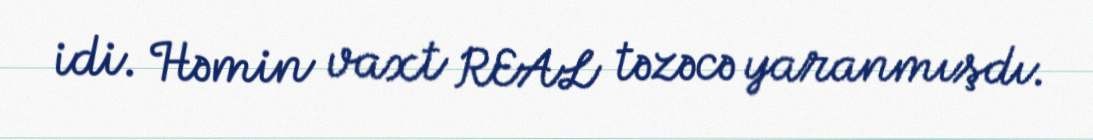
idi. Həmin vaxt REAL təzəcə yaranmışdı.